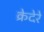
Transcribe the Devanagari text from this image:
क्रेदेरे